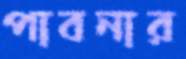
পাবনার